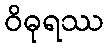
ဝိဓုရဿ